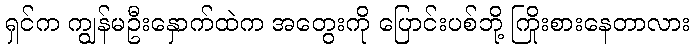
ရှင်က ကျွန်မဦးနှောက်ထဲက အတွေးကို ပြောင်းပစ်ဘို့ ကြိုးစားနေတာလား